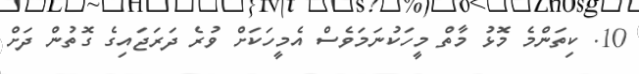
10. ކިތަންމެ މޮޅު މާތް މީހަކުނަމަވެސް އެމީހަކަށް ވުރެ ދަރަޖައިގެ ގޮތުން ދަށް